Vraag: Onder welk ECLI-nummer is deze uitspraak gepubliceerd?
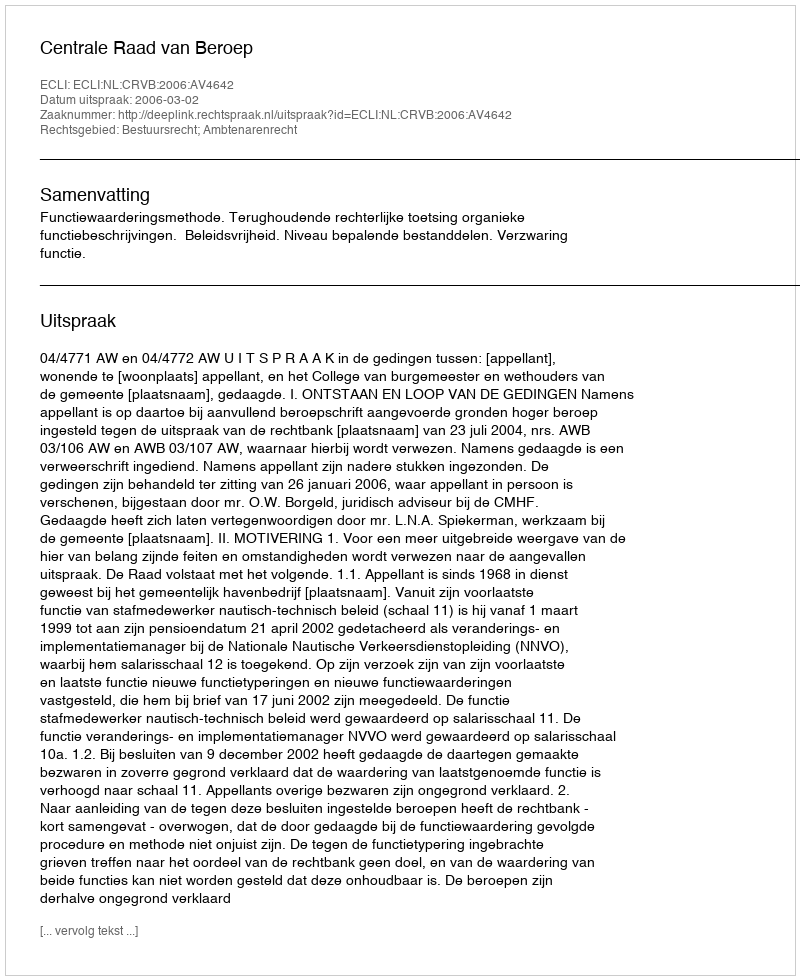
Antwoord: ECLI:NL:CRVB:2006:AV4642